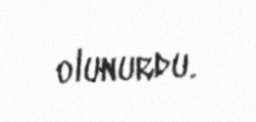
olunurdu.